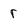
Character: r